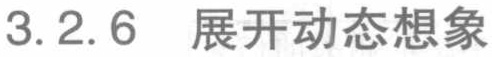
3.2.6  展开动态想象